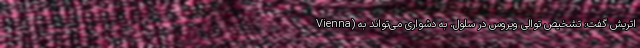
Vienna) اتریش گفت: تشخیص توالی ویروس در سلول، به دشواری می‌تواند به